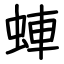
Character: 蛼